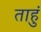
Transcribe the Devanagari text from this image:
ताहुं